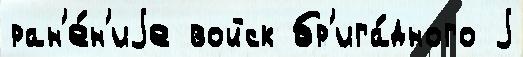
ран'е́н'иjе войск бр'ига́дного j